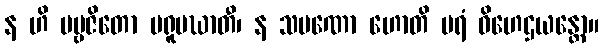
န ဟိ ပဗ္ဗဇိတော ပရူပဃာတီ၊ န သမဏော ဟောတိ ပရံ ဝိဟေဌယန္တော။